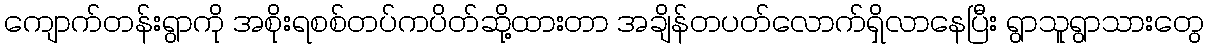
ကျောက်တန်းရွာကို အစိုးရစစ်တပ်ကပိတ်ဆို့ထားတာ အချိန်တပတ်လောက်ရှိလာနေပြီး ရွာသူရွာသားတွေ